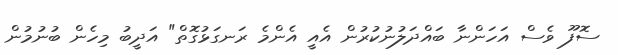
ސޮފޫ ވެސް އަހަންނާ ބައްދަލުނުކުރުން އެއީ އެންމެ ރަނގަޅުގޮތް" އަދީބު މިހެން ބުނުމުން